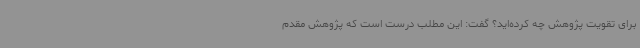
برای تقویت پژوهش چه کرده‌اید؟ گفت: این مطلب درست است که پژوهش مقدم